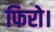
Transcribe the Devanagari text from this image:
फिरो।